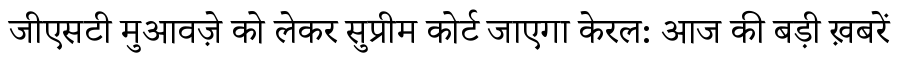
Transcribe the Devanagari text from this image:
जीएसटी मुआवज़े को लेकर सुप्रीम कोर्ट जाएगा केरल: आज की बड़ी ख़बरें